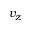
v _ { z }